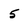
Character: 5